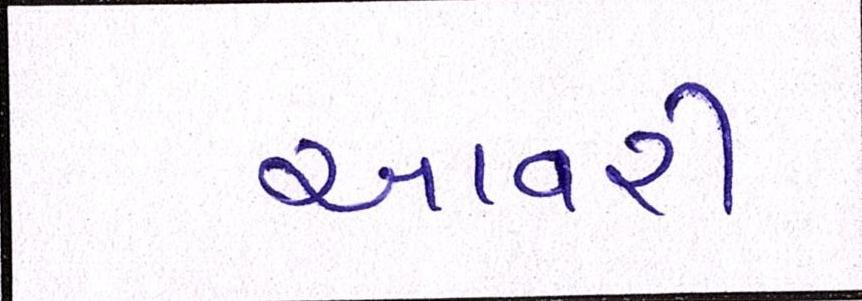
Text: આવરી